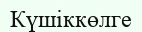
Күшіккөлге